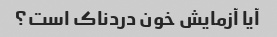
آیا آزمایش خون دردناک است؟